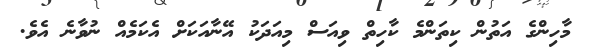
މާހިންގެ އަތުން ކިތަންމެ ކާހިތް ވިއަސް މިއަދަކު އޭނާއަކަށް އެކަމެއް ނުވާނެ އެވެ.